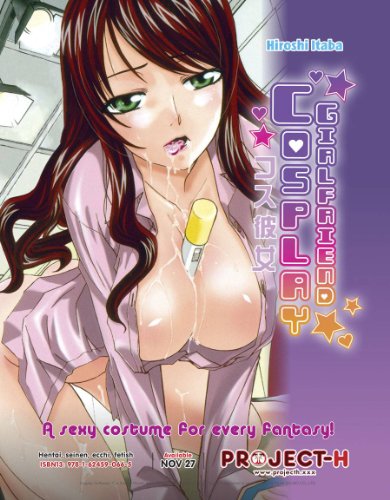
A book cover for Cosplay Girlfriend (Hentai Manga); Hiroshi Itaba; Comics & Graphic Novels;